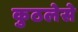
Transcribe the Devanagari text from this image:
कुठलेसे